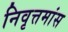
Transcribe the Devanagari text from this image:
निवृत्तमांस